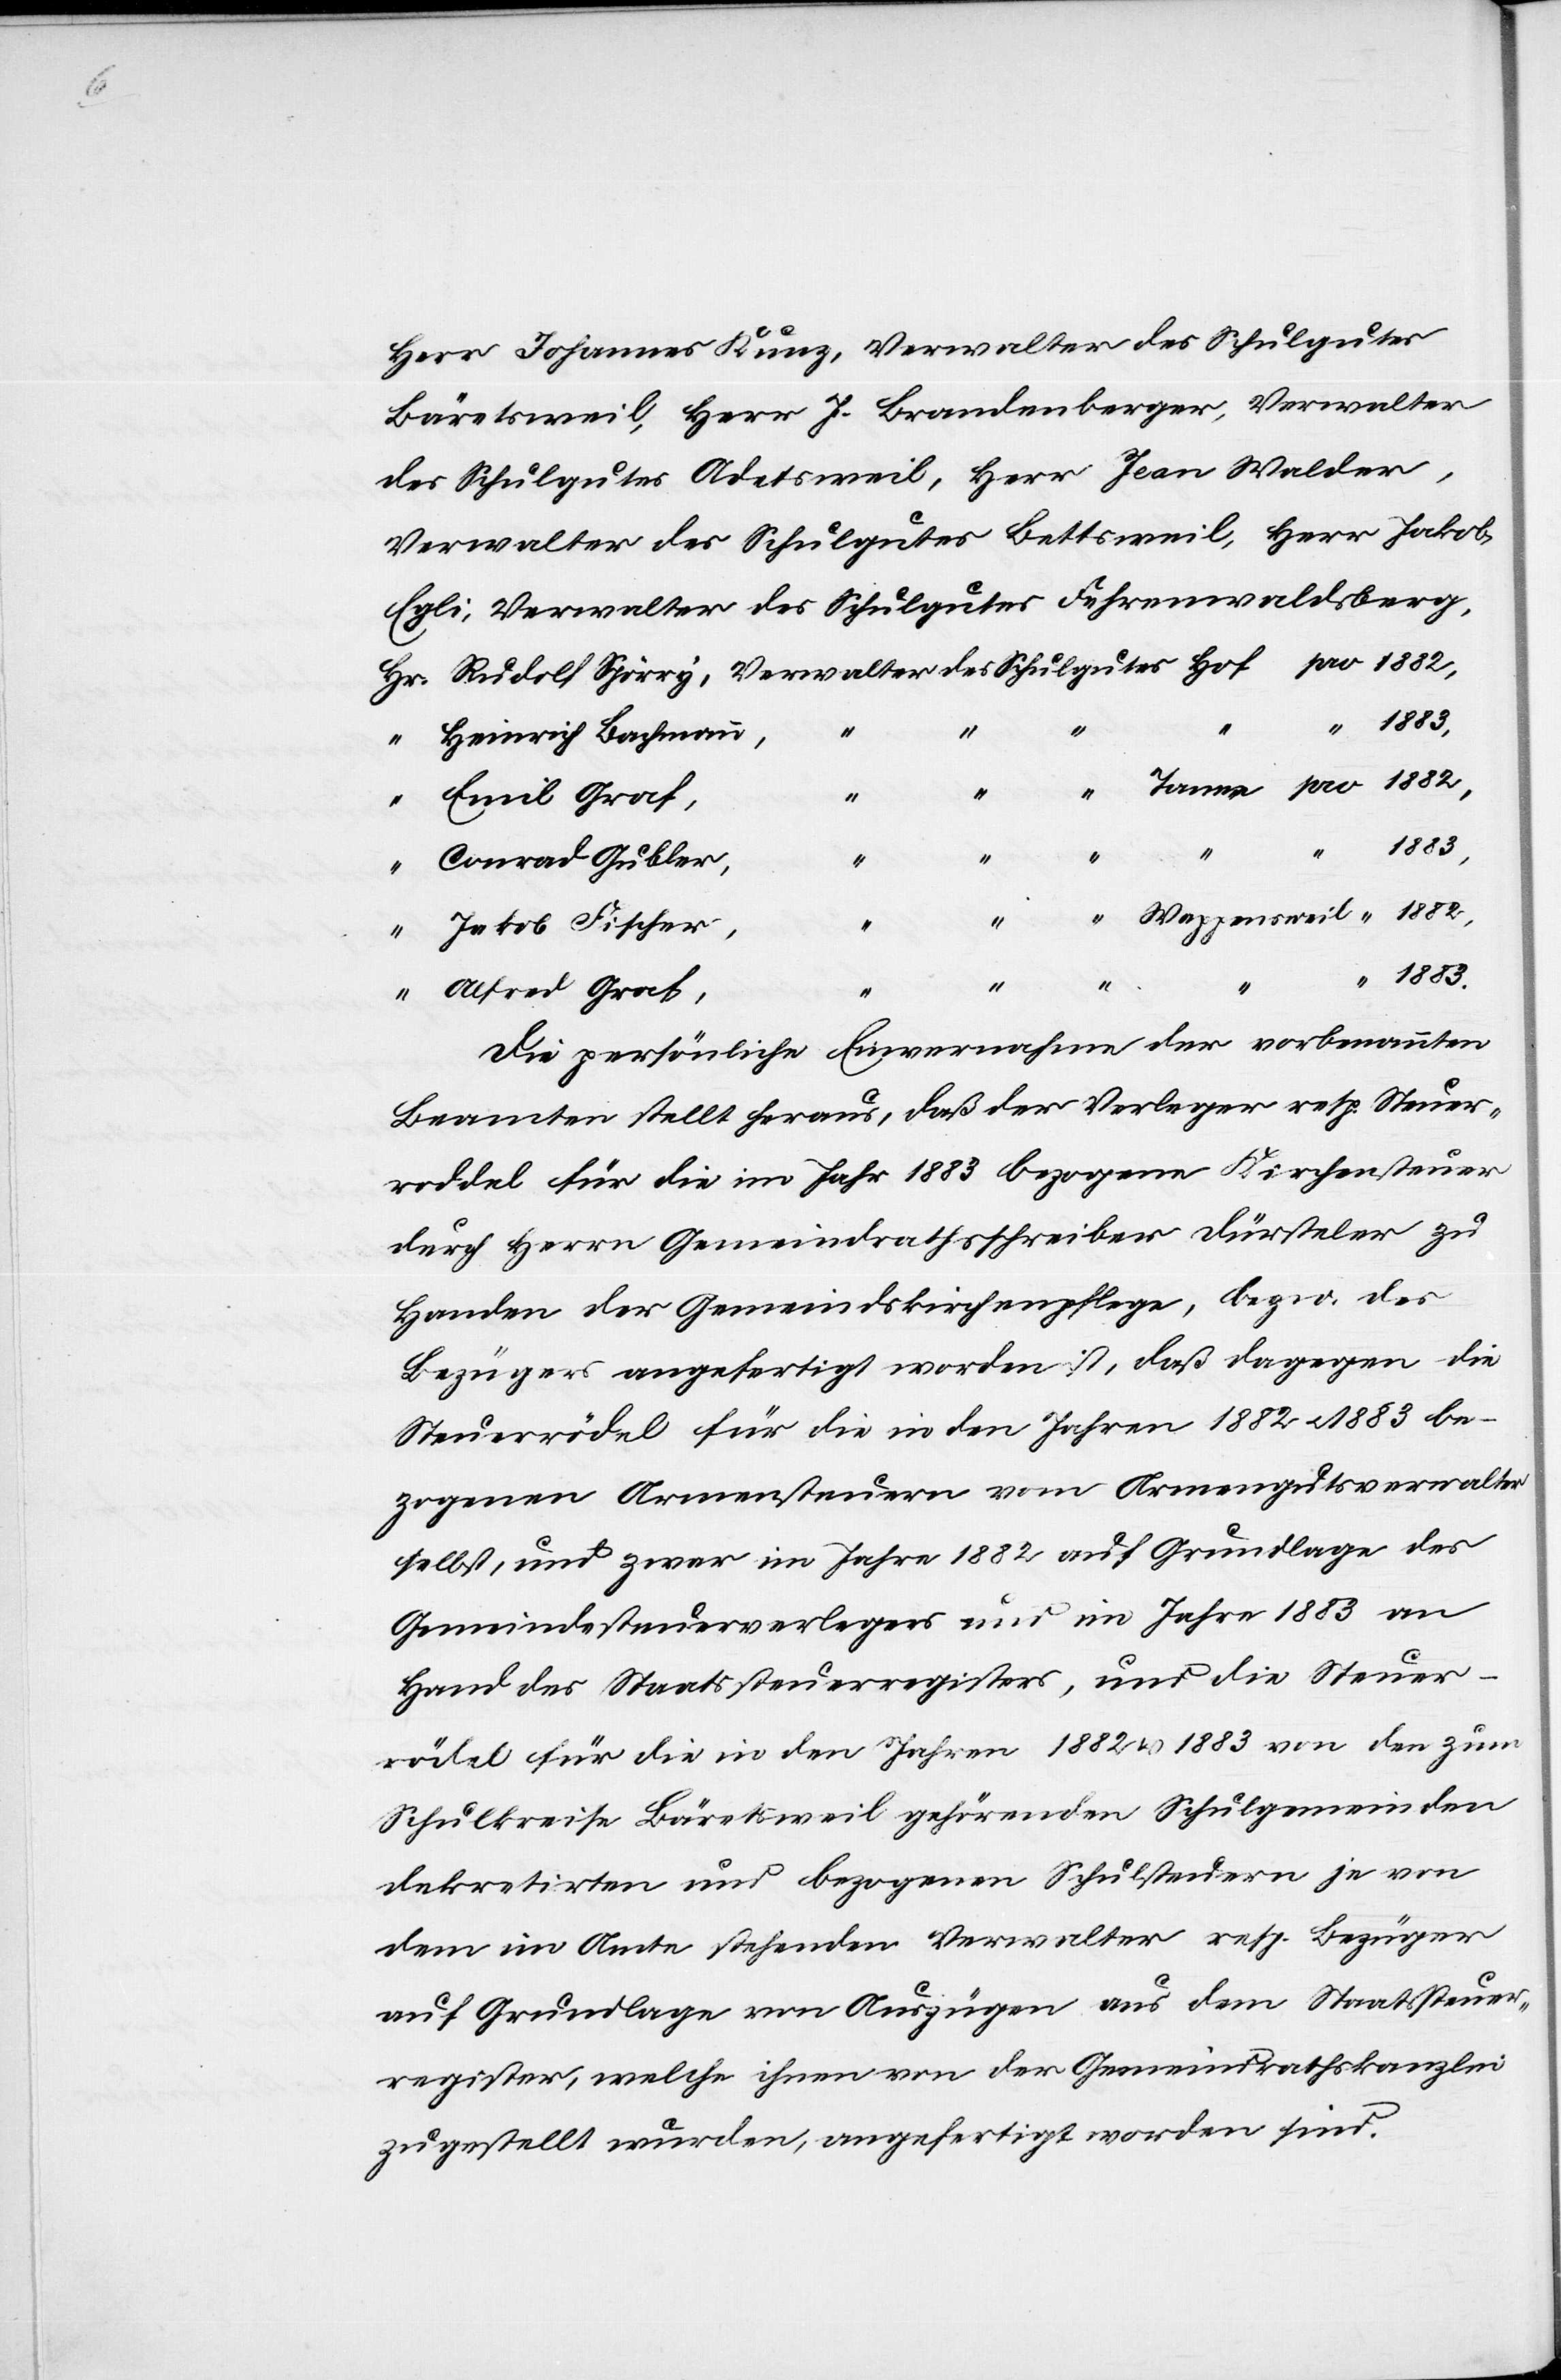
zur

geht an
1885.